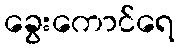
ခွေးကောင်ရေ